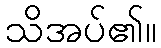
သိအပ်၏။